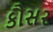
કૌસર